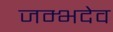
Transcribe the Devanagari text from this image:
जम्भदेव